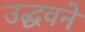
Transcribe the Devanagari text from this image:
उद्धवने